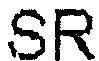
SR